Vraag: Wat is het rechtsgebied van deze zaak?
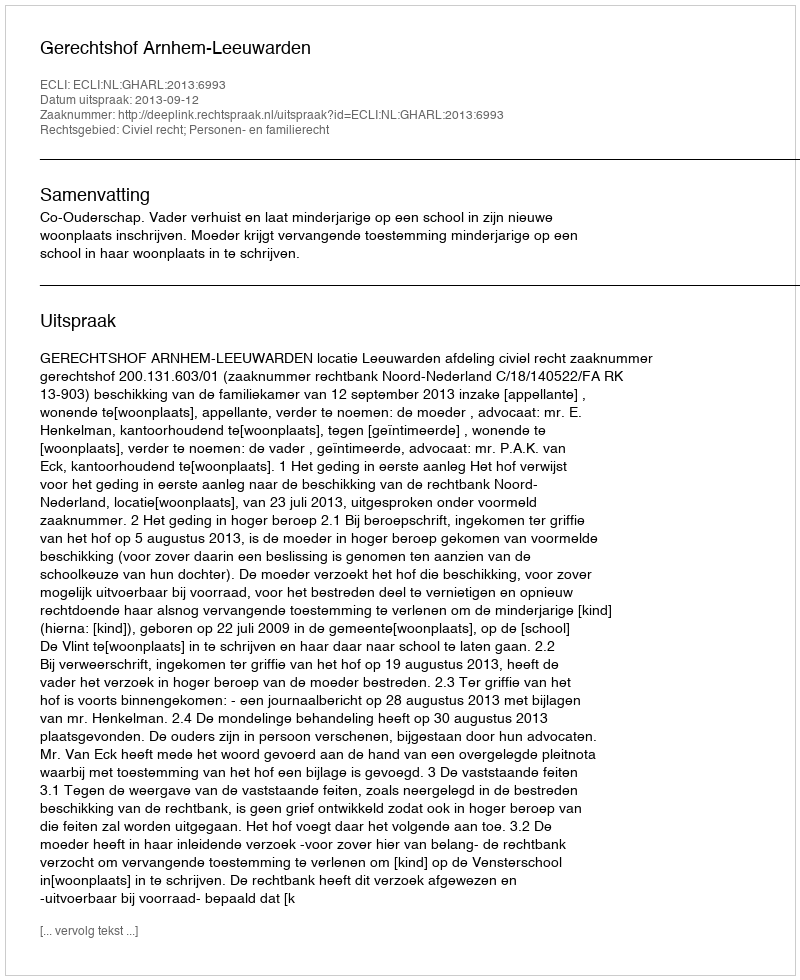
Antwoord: Civiel recht; Personen- en familierecht